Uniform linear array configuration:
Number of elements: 12
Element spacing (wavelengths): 0.5
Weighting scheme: uniform
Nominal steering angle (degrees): -45
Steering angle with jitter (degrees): -46.332
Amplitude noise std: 0.05
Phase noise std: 0.05

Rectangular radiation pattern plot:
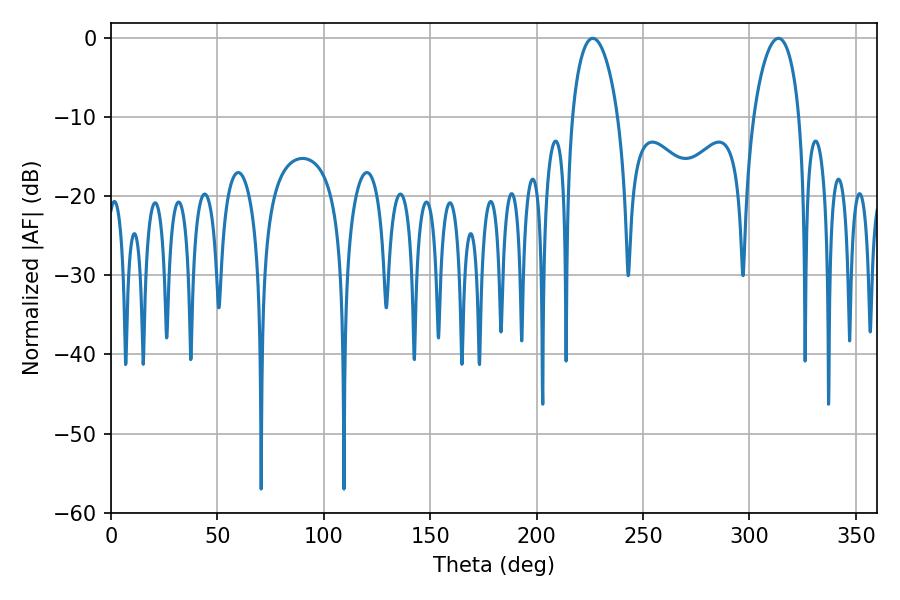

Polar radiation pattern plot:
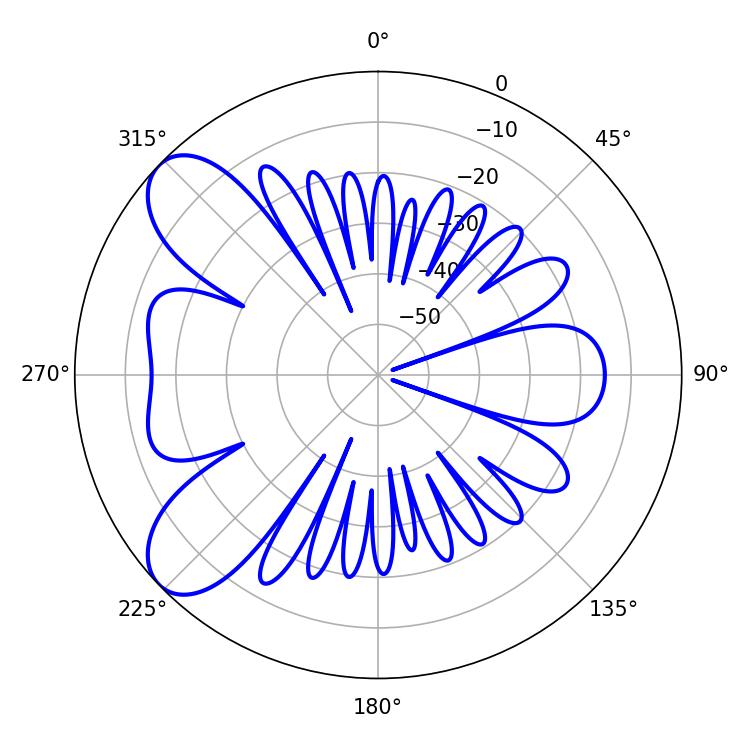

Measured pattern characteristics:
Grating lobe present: FALSE
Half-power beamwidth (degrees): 12.24
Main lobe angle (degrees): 226.44